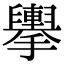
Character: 𢹏